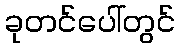
ခုတင်ပေါ်တွင်